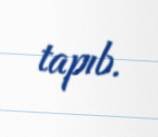
tapıb.